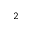
_ 2